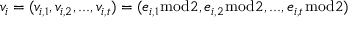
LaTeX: v _ { i } = ( v _ { i , 1 } , v _ { i , 2 } , . . . , v _ { i , t } ) = ( e _ { i , 1 } { \bmod { 2 } } , e _ { i , 2 } { \bmod { 2 } } , . . . , e _ { i , t } { \bmod { 2 } } )